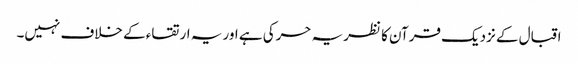
اقبال کے نزدیک قرآن کا نظریہ حرکی ہے اور یہ ارتقاء کے خلاف نہیں۔